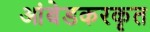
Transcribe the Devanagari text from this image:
आंबेडकरकृत